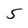
Character: 5